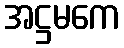
အဋ္ဌမကေ